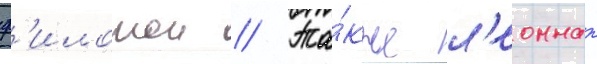
ф'илотои // Та́кже л'еоннат